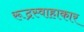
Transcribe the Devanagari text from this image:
रूद्रस्वाहाकार